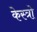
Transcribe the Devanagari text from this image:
केस्त्रो